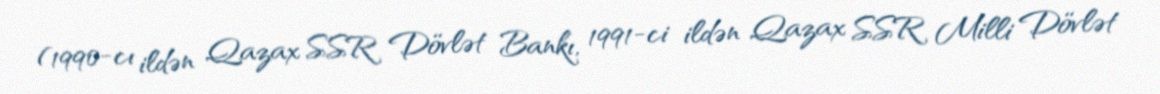
(1990-cı ildən Qazax SSR Dövlət Bankı, 1991-ci ildən Qazax SSR Milli Dövlət